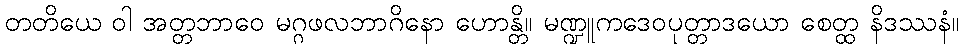
တတိယေ ဝါ အတ္တဘာဝေ မဂ္ဂဖလဘာဂိနော ဟောန္တိ။ မဏ္ဍူကဒေဝပုတ္တာဒယော စေတ္ထ နိဒဿနံ။